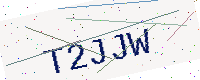
Text: T2JJW